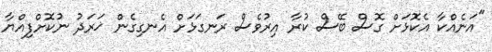
"އަނެއްކާ އެކޮޅަށް ގޮސް ބޭސް ކުރާ އިރުވެސް ރަނގަޅަށް އެނގިގެން ޚަރަދު ނުކޮށްފިއްޔާ